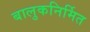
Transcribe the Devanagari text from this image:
बालुकनिर्मित